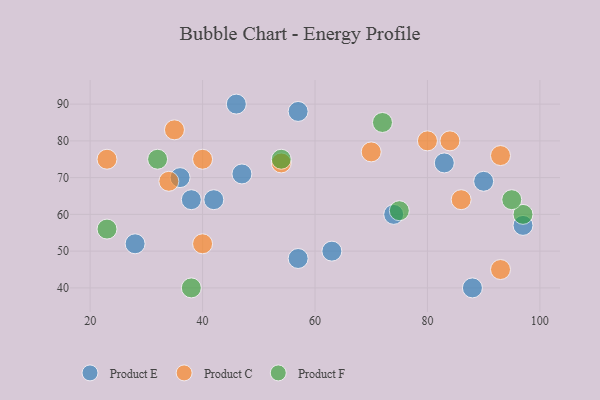
{"axis": {"x": "GDP", "y": "Life Expectancy"}, "legend": ["Product C", "Product E", "Product F"], "data": [{"x": "28", "y": 52, "type": "Product E"}, {"x": "83", "y": 74, "type": "Product E"}, {"x": "74", "y": 60, "type": "Product E"}, {"x": "42", "y": 64, "type": "Product E"}, {"x": "90", "y": 69, "type": "Product E"}, {"x": "57", "y": 48, "type": "Product E"}, {"x": "88", "y": 40, "type": "Product E"}, {"x": "46", "y": 90, "type": "Product E"}, {"x": "38", "y": 64, "type": "Product E"}, {"x": "57", "y": 88, "type": "Product E"}, {"x": "63", "y": 50, "type": "Product E"}, {"x": "97", "y": 57, "type": "Product E"}, {"x": "47", "y": 71, "type": "Product E"}, {"x": "36", "y": 70, "type": "Product E"}, {"x": "93", "y": 76, "type": "Product C"}, {"x": "93", "y": 45, "type": "Product C"}, {"x": "86", "y": 64, "type": "Product C"}, {"x": "70", "y": 77, "type": "Product C"}, {"x": "80", "y": 80, "type": "Product C"}, {"x": "54", "y": 74, "type": "Product C"}, {"x": "23", "y": 75, "type": "Product C"}, {"x": "35", "y": 83, "type": "Product C"}, {"x": "40", "y": 75, "type": "Product C"}, {"x": "40", "y": 52, "type": "Product C"}, {"x": "84", "y": 80, "type": "Product C"}, {"x": "34", "y": 69, "type": "Product C"}, {"x": "23", "y": 56, "type": "Product F"}, {"x": "75", "y": 61, "type": "Product F"}, {"x": "97", "y": 60, "type": "Product F"}, {"x": "38", "y": 40, "type": "Product F"}, {"x": "54", "y": 75, "type": "Product F"}, {"x": "32", "y": 75, "type": "Product F"}, {"x": "72", "y": 85, "type": "Product F"}, {"x": "95", "y": 64, "type": "Product F"}]}